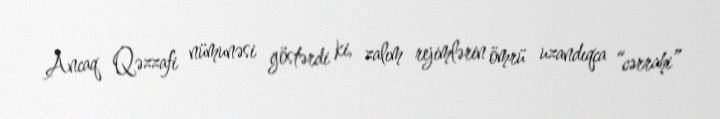
Ancaq Qəzzafi nümunəsi göstərdi ki, zalım rejimlərin ömrü uzandıqca “cərrahi”